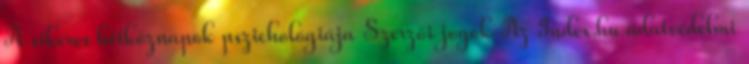
A sikeres hétköznapok pszichológiája Szerzői jogok Az Index.hu adatvédelmi